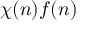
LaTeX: \chi ( n ) f ( n )